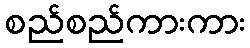
စည်စည်ကားကား